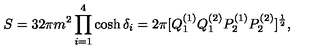
S = 3 2 \pi m ^ { 2 } \prod _ { i = 1 } ^ { 4 } \cosh \delta _ { i } = 2 \pi [ Q _ { 1 } ^ { ( 1 ) } Q _ { 1 } ^ { ( 2 ) } P _ { 2 } ^ { ( 1 ) } P _ { 2 } ^ { ( 2 ) } ] ^ { \frac { 1 } { 2 } } ,